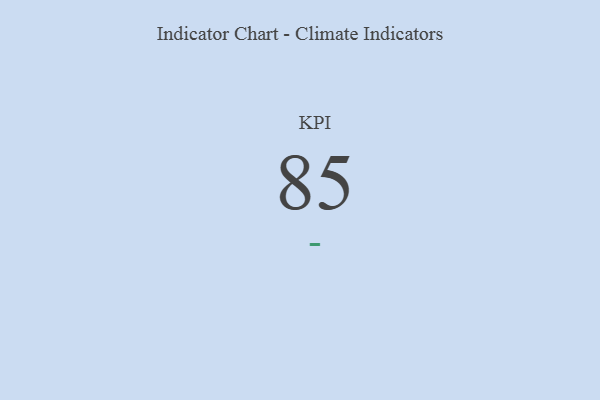
{"axis": {"x": "KPI", "y": "Value"}, "legend": [""], "data": [{"x": "KPI", "y": 85, "type": ""}]}